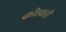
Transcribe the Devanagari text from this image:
की।वहीं